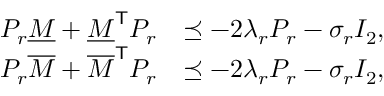
\begin{array} { r l } { P _ { r } \underline { { M } } + \underline { { M } } ^ { \mathsf { T } } P _ { r } } & { \preceq - 2 \lambda _ { r } P _ { r } - \sigma _ { r } I _ { 2 } , } \\ { P _ { r } \overline { { M } } + \overline { { M } } ^ { \mathsf { T } } P _ { r } } & { \preceq - 2 \lambda _ { r } P _ { r } - \sigma _ { r } I _ { 2 } , } \end{array}